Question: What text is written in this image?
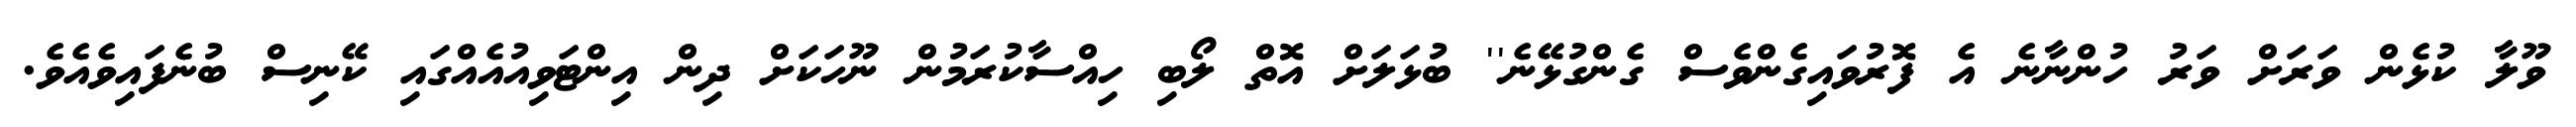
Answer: ވޫލާ ކުޅެން ވަރަށް ވަރު ހުންނާނެ އެ ފޮރުވައިގެންވެސް ގެންގުޅޭނެ'' ބުޅަލަށް އޮތް ލޯބި ހިއްސާކުރަމުން ނޫހަކަށް ދިން އިންޓަވިއުއެއްގައި ކޭނިސް ބުނެފައިވެއެވެ.